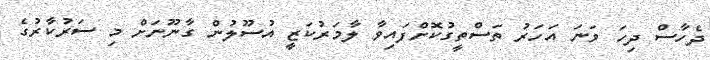
ދެހާސް ދިހަ ވަނަ އަހަރު ތަސްތީގުކޮށްފައިވާ ލާމަރުކަޒީ އުސޫލުން ގާނޫނަށް މި ސަރުކާރުގެ